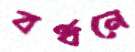
বর্ধনে